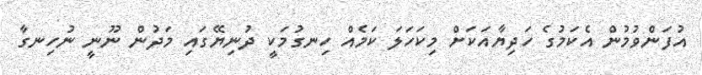
އުފަންވުމުން އެކަމުގެ ހަދިޔާއަކަށް މިކަހަލަ ކަމެއް ހިނގުމަކީ ދުނިޔޭގައި މަދުން ނޫނީ ނުހިނގާ